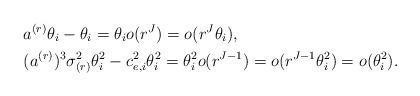
LaTeX: \begin{align*} & a^{(r)}\theta_i - \theta_i = \theta_io(r^{J})=o(r^{J}\theta_i),\\ & (a^{(r)})^3 \sigma^2_{(r)} \theta^2_i - c^2_{e,i}\theta^2_i = \theta^2_io(r^{J-1})=o(r^{J-1}\theta^2_i)=o(\theta_i^2). \end{align*}